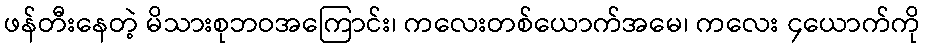
ဖန်တီးနေတဲ့ မိသားစုဘဝအကြောင်း၊ ကလေးတစ်ယောက်အမေ၊ ကလေး ၄ယောက်ကို